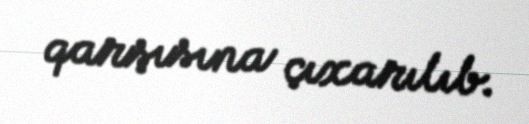
qarşısına çıxarılıb.